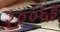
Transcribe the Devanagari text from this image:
२००६इ